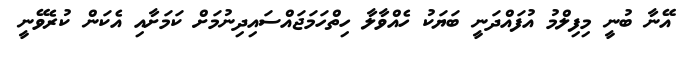
އޭނާ ބުނީ މިފިލްމު އުފައްދަނީ ބަޔަކު ހެއްވާލާ ހިތްހަމަޖައްސައިދިނުމަށް ކަމަށާއި އެކަން ކުރެވޭނީ